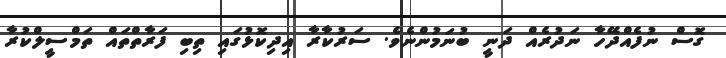
ގޮސް ނުފެއްދޭހާ ނަދުރެއް ދަނީ ބުނަމުންނެވެ. ސަރުކާރާ އިދިކޮޅުގައި ތިބި ފަރާތްތައް ތަމްސީލްކުރާ